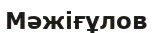
Мәжіғұлов